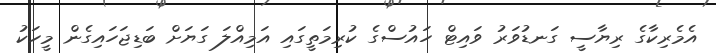
އެމެރިކާގެ ރިޔާސީ ގަނޑުވަރު ވައިޓް ހައުސްގެ ކުރިމަތީގައި އަމިއްލަ ގަޔަށް ބަޑިޖަހައިގެން މީހަކު